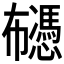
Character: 𰏡